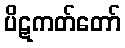
ပိဋကတ်တော်